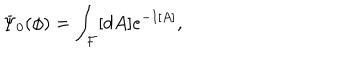
\Psi _ { 0 } ( \phi ) = \int _ { \cal F } [ d A ] e ^ { - I [ A ] } ,